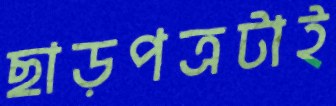
ছাড়পত্রটাই